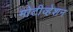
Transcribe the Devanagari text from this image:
मोटीव्हेशन